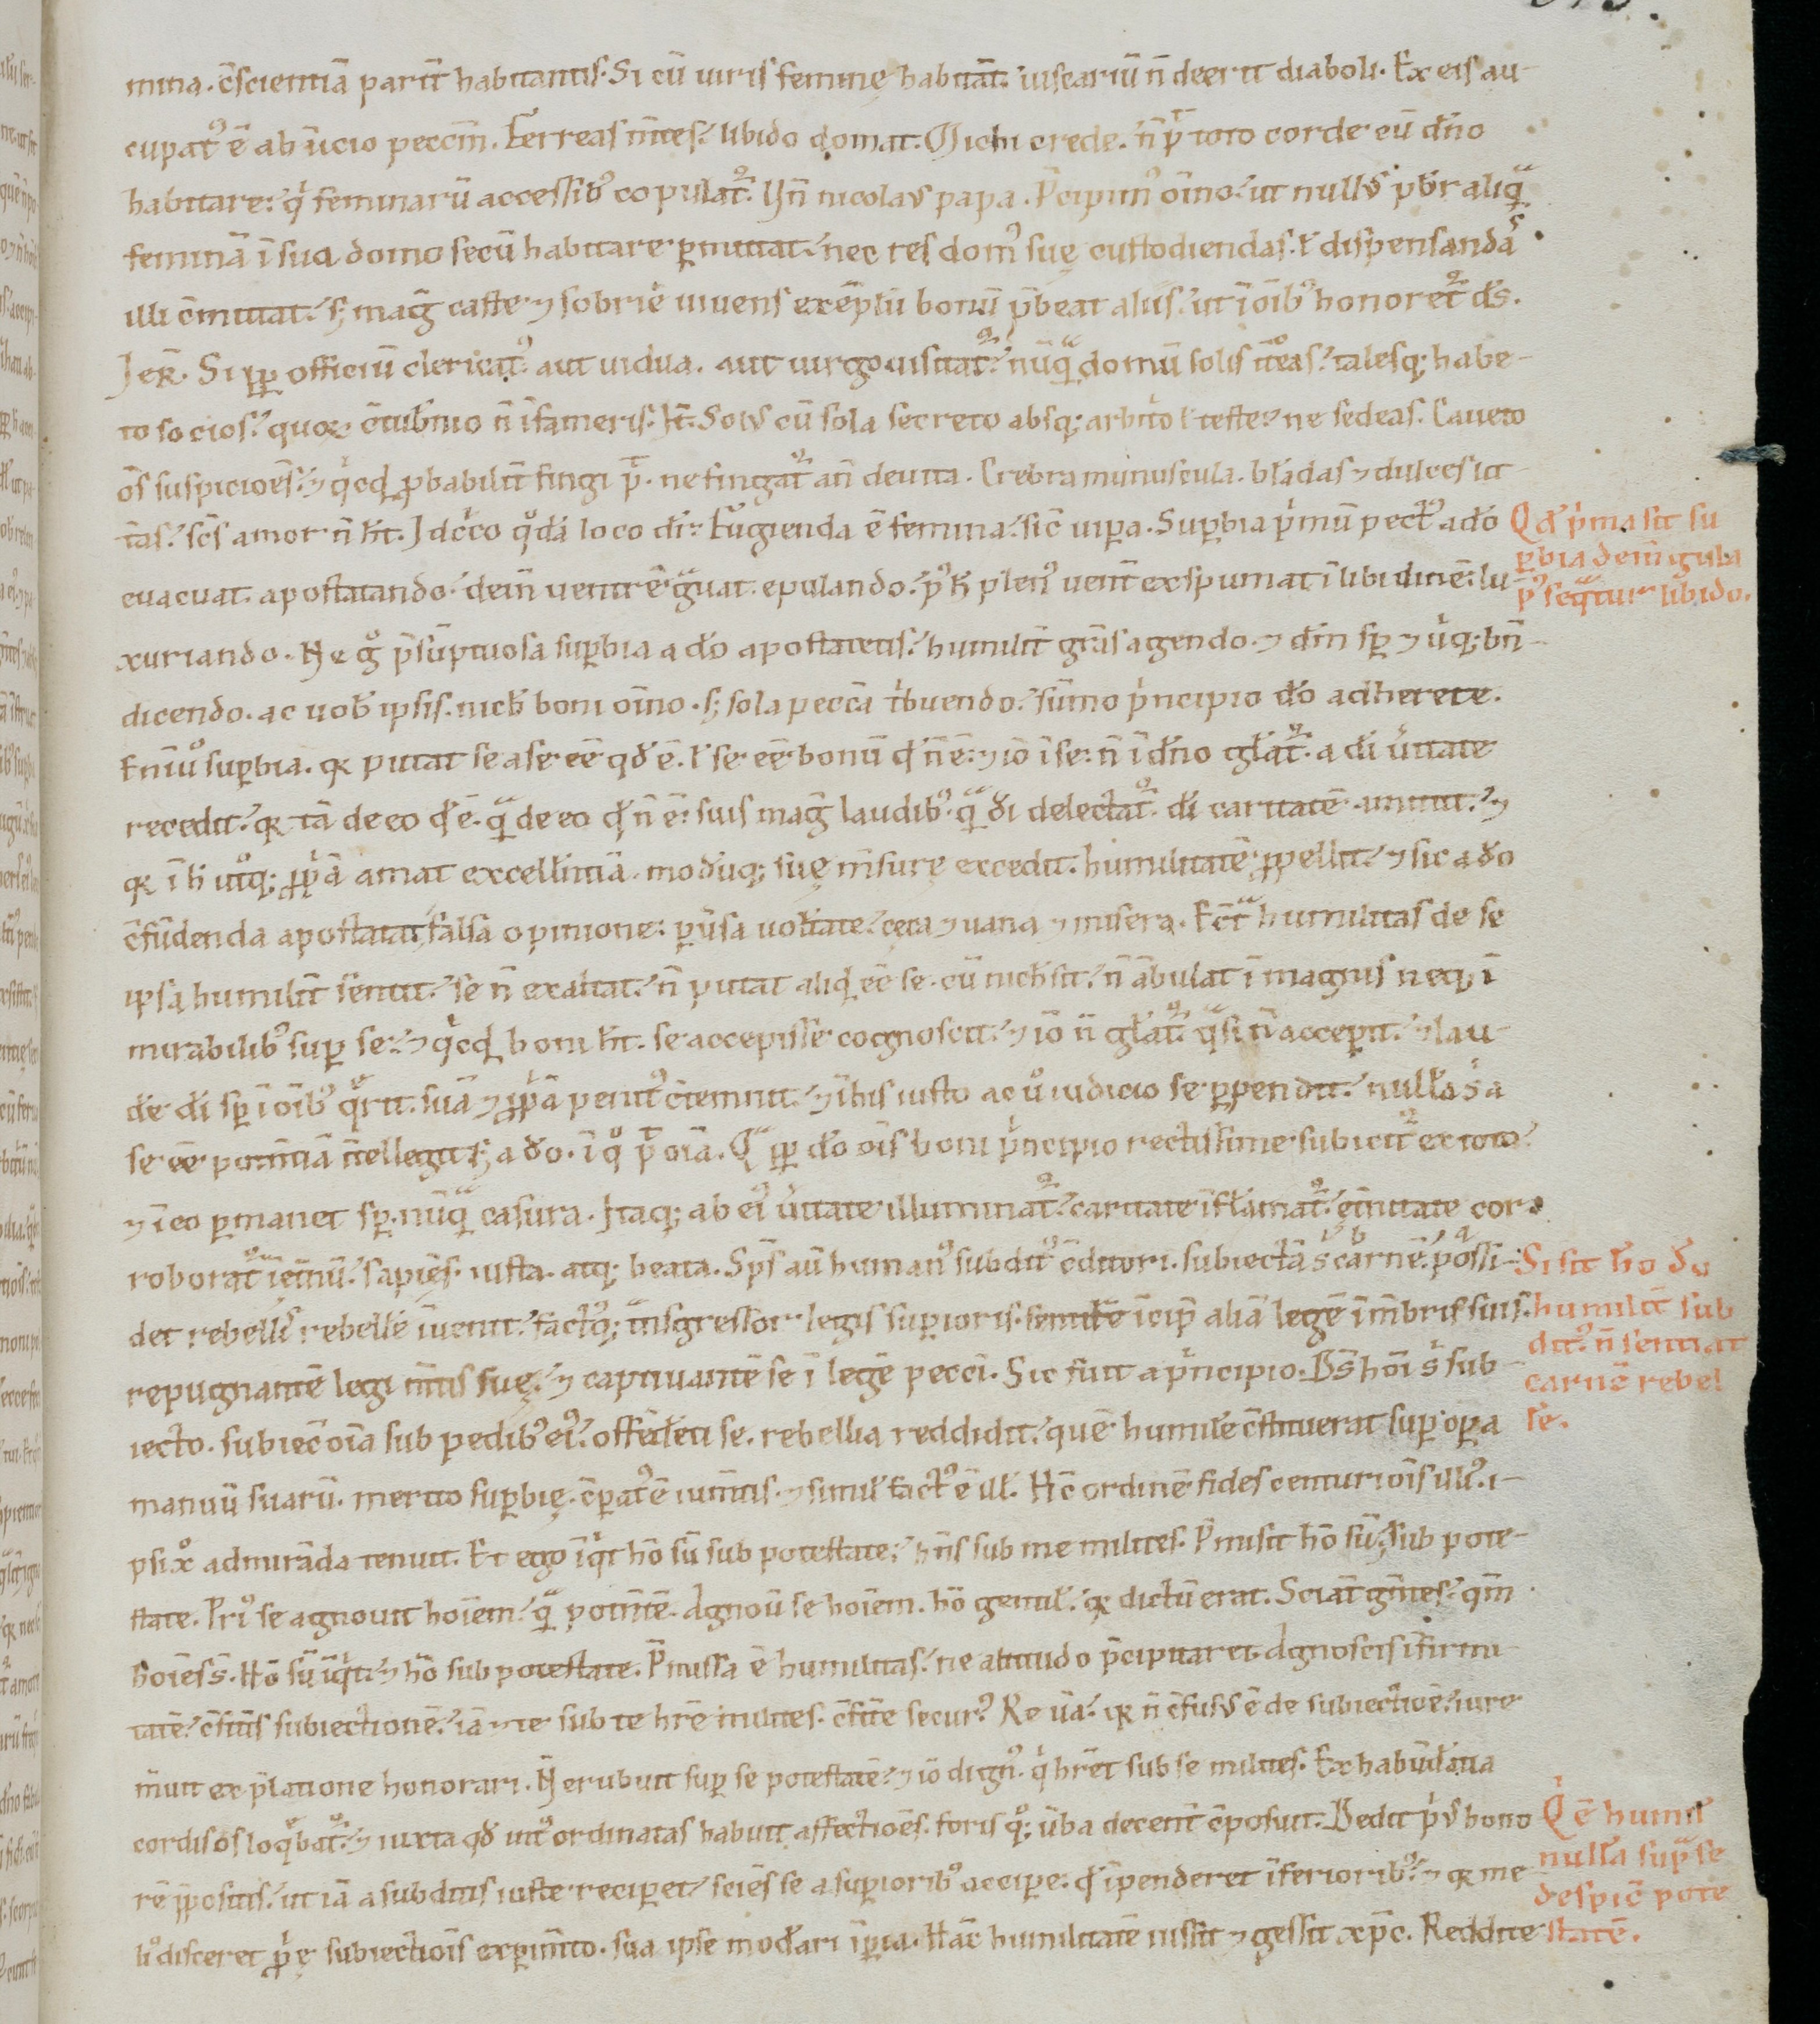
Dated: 1100–1199